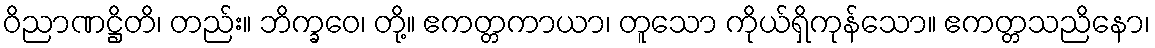
ဝိညာဏဋ္ဌိတိ၊ တည်း။ ဘိက္ခဝေ၊ တို့။ ဧကတ္တကာယာ၊ တူသော ကိုယ်ရှိကုန်သော။ ဧကတ္တသညိနော၊